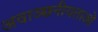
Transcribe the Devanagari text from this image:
अवाञ्छनीयताओं